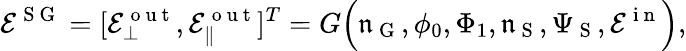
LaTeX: \mathcal{E}^{\mathrm{~S~G~}}=[\mathcal{E}_{\bot}^{\mathrm{~o~u~t~}},\mathcal{E}_{\| }^{\mathrm{~o~u~t~}}]^{T}=G\Big(\mathfrak{n}_{\mathrm{~G~}},\phi_{0},\Phi_{1},\mathfrak{n}_{\mathrm{~S~}},{\Psi}_{\mathrm{~S~}},\mathcal{E}^{\mathrm{~i~n~}}\Big),